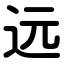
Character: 远